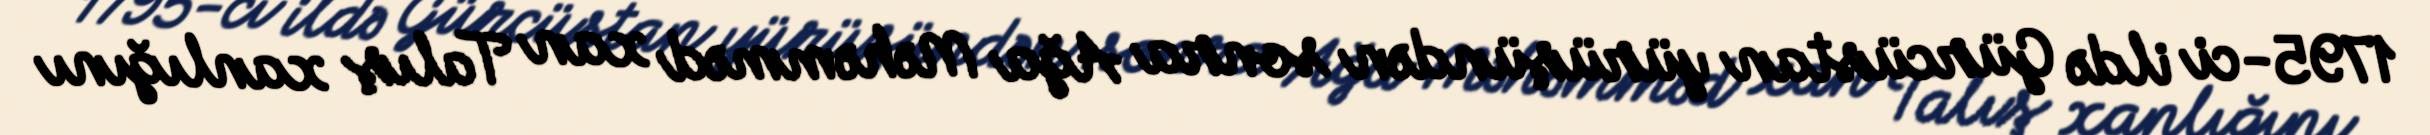
1795-ci ildə Gürcüstan yürüşündən sonra Ağa Məhəmməd xan Talış xanlığını